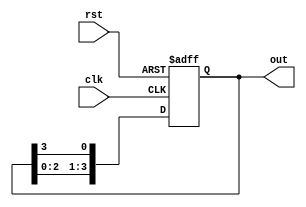
module ring_counter (
    input wire clk,
    input wire rst,
    output reg [3:0] out
);

reg [3:0] ring_reg;

always @(posedge clk or posedge rst) begin
    if(rst) begin
        ring_reg <= 4'b0001;
    end else begin
        ring_reg <= {ring_reg[2:0], ring_reg[3]};
    end
end

assign out = ring_reg;

endmodule